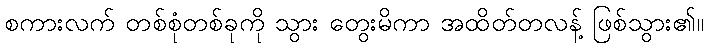
စကားလက် တစ်စုံတစ်ခုကို သွား တွေးမိကာ အထိတ်တလန့် ဖြစ်သွား၏။